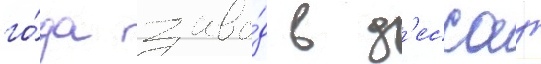
го́да заво́д в д'ессау